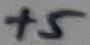
Text: +5